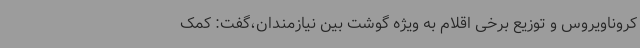
کروناویروس و توزیع برخی اقلام به ویژه گوشت بین نیازمندان،گفت: کمک